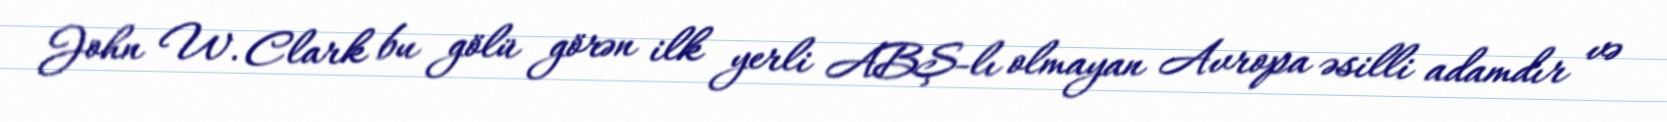
John W. Clark bu gölü görən ilk yerli ABŞ-lı olmayan Avropa əsilli adamdır və